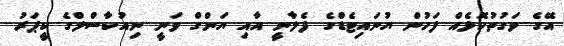
އޭގެ ވަގުތުކޮޅެއް ފަހުން ޔުނައިޓެޑްގެ ފެލާނީ އާއި ޔަންގް ވަނީ ނިއުކާސްލްގެ ކީޕަރު